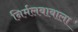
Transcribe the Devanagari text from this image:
निर्मलबाबाला